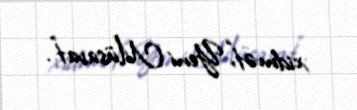
xidmət,“Yeni Müsavat”.